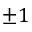
\pm 1